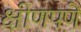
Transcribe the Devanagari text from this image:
क्षीणपणे